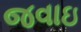
જવાઇ